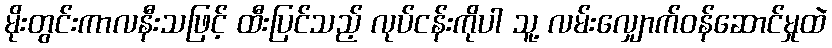
မိုးတွင်းကာလနီးသဖြင့် ထီးပြင်သည့် လုပ်ငန်းကိုပါ သူ့ လမ်းလျှောက်ဝန်ဆောင်မှုထဲ